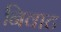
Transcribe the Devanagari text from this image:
निवाट